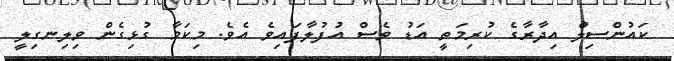
ކައުންސިލް އިދާރާގެ ކުރިމަތީ އަޑު ވެސް އުފުލާފައިވެ އެވެ. މިކަމާ ގުޅިގެން ވިލިނގިލީ